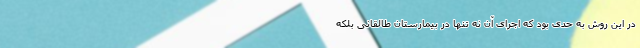
در این روش به حدی بود که اجرای آن نه تنها در بیمارستان طالقانی بلکه